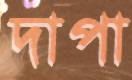
দাপা